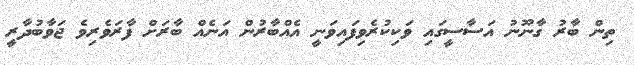
ތިން ބާރު ގާނޫނު އަސާސީގައި ވަކިކުރެވިފައިވަނީ އެއްބާރުން އަނެއް ބާރަށް ފާރަވެރިވެ ޖަވާބުދާރީ